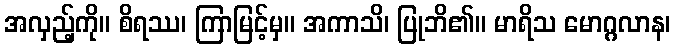
အလှည့်ကို။ စိရဿ၊ ကြာမြင့်မှ။ အကာသိ၊ ပြုဘိ၏။ မာရိသ မောဂ္ဂလာန၊